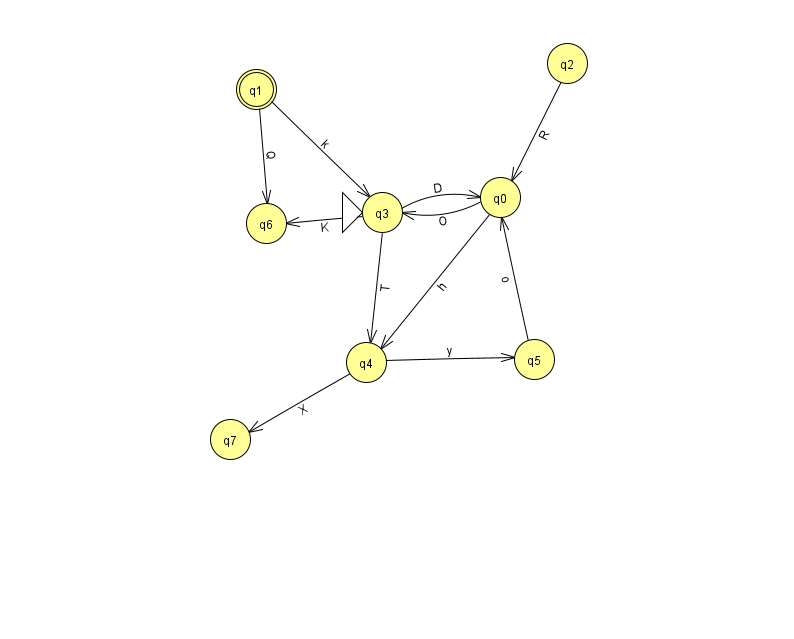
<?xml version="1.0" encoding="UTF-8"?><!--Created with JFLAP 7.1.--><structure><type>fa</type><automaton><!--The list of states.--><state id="0" name="q0"><x>500.0</x><y>184.0</y></state><state id="1" name="q1"><x>256.0</x><y>76.0</y><final/></state><state id="2" name="q2"><x>567.0</x><y>50.0</y></state><state id="3" name="q3"><x>382.0</x><y>199.0</y><initial/></state><state id="4" name="q4"><x>366.0</x><y>349.0</y></state><state id="5" name="q5"><x>534.0</x><y>346.0</y></state><state id="6" name="q6"><x>266.0</x><y>210.0</y></state><state id="7" name="q7"><x>230.0</x><y>426.0</y></state><!--The list of transitions.--><transition><from>0</from><to>4</to><read>h</read></transition><transition><from>3</from><to>0</to><read>D</read></transition><transition><from>3</from><to>6</to><read>K</read></transition><transition><from>4</from><to>5</to><read>y</read></transition><transition><from>4</from><to>7</to><read>X</read></transition><transition><from>2</from><to>0</to><read>R</read></transition><transition><from>3</from><to>4</to><read>T</read></transition><transition><from>5</from><to>0</to><read>o</read></transition><transition><from>0</from><to>3</to><read>O</read></transition><transition><from>1</from><to>3</to><read>k</read></transition><transition><from>1</from><to>6</to><read>Q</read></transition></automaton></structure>